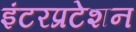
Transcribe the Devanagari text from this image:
इंटरप्रटेशन